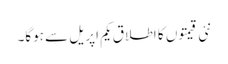
نئی قیمتوں کا اطلاق یکم اپریل سے ہوگا۔